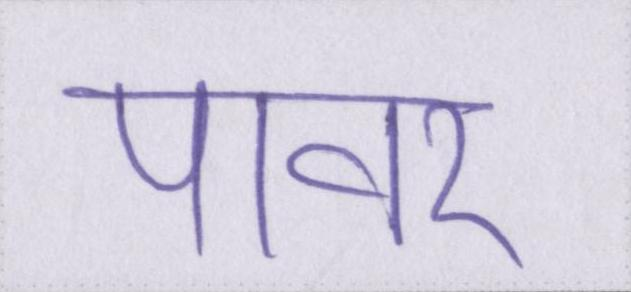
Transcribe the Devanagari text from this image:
पावर